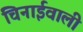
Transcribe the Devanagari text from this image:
चिनाईवाली